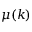
\mu ( k )